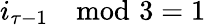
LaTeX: i_{\tau-1}\! \mod\! 3=1